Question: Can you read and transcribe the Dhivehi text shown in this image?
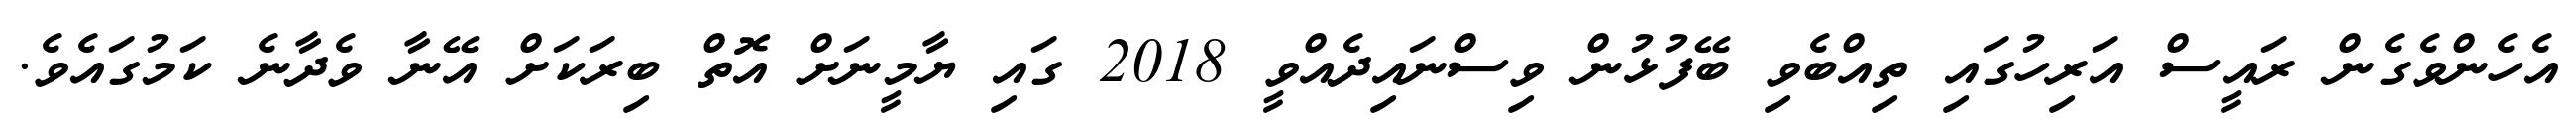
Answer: އެހެންވެގެން ރައީސް އަރިހުގައި ތިއްބެވި ބޭފުޅުން ވިސްނައިދެއްވީ 2018 ގައި ޔާމީނަށް އޮތް ބިރަކަށް އޭނާ ވެދާނެ ކަމުގައެވެ.